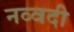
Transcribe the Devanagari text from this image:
नव्वदी